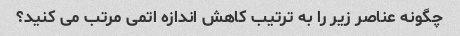
چگونه عناصر زیر را به ترتیب کاهش اندازه اتمی مرتب می کنید؟